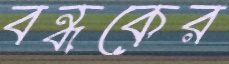
বন্ধকের